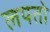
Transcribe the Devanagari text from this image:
लपतो